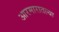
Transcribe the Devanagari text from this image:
आरमारातल्या